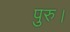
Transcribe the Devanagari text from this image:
पुरु।